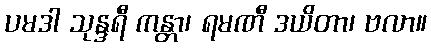
ပမဒါ သုန္ဒရီ ကန္တာ၊ ရမဏီ ဒယိတာ၊ ဗလာ။